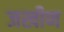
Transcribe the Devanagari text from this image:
जखीण